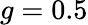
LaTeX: g=0.5